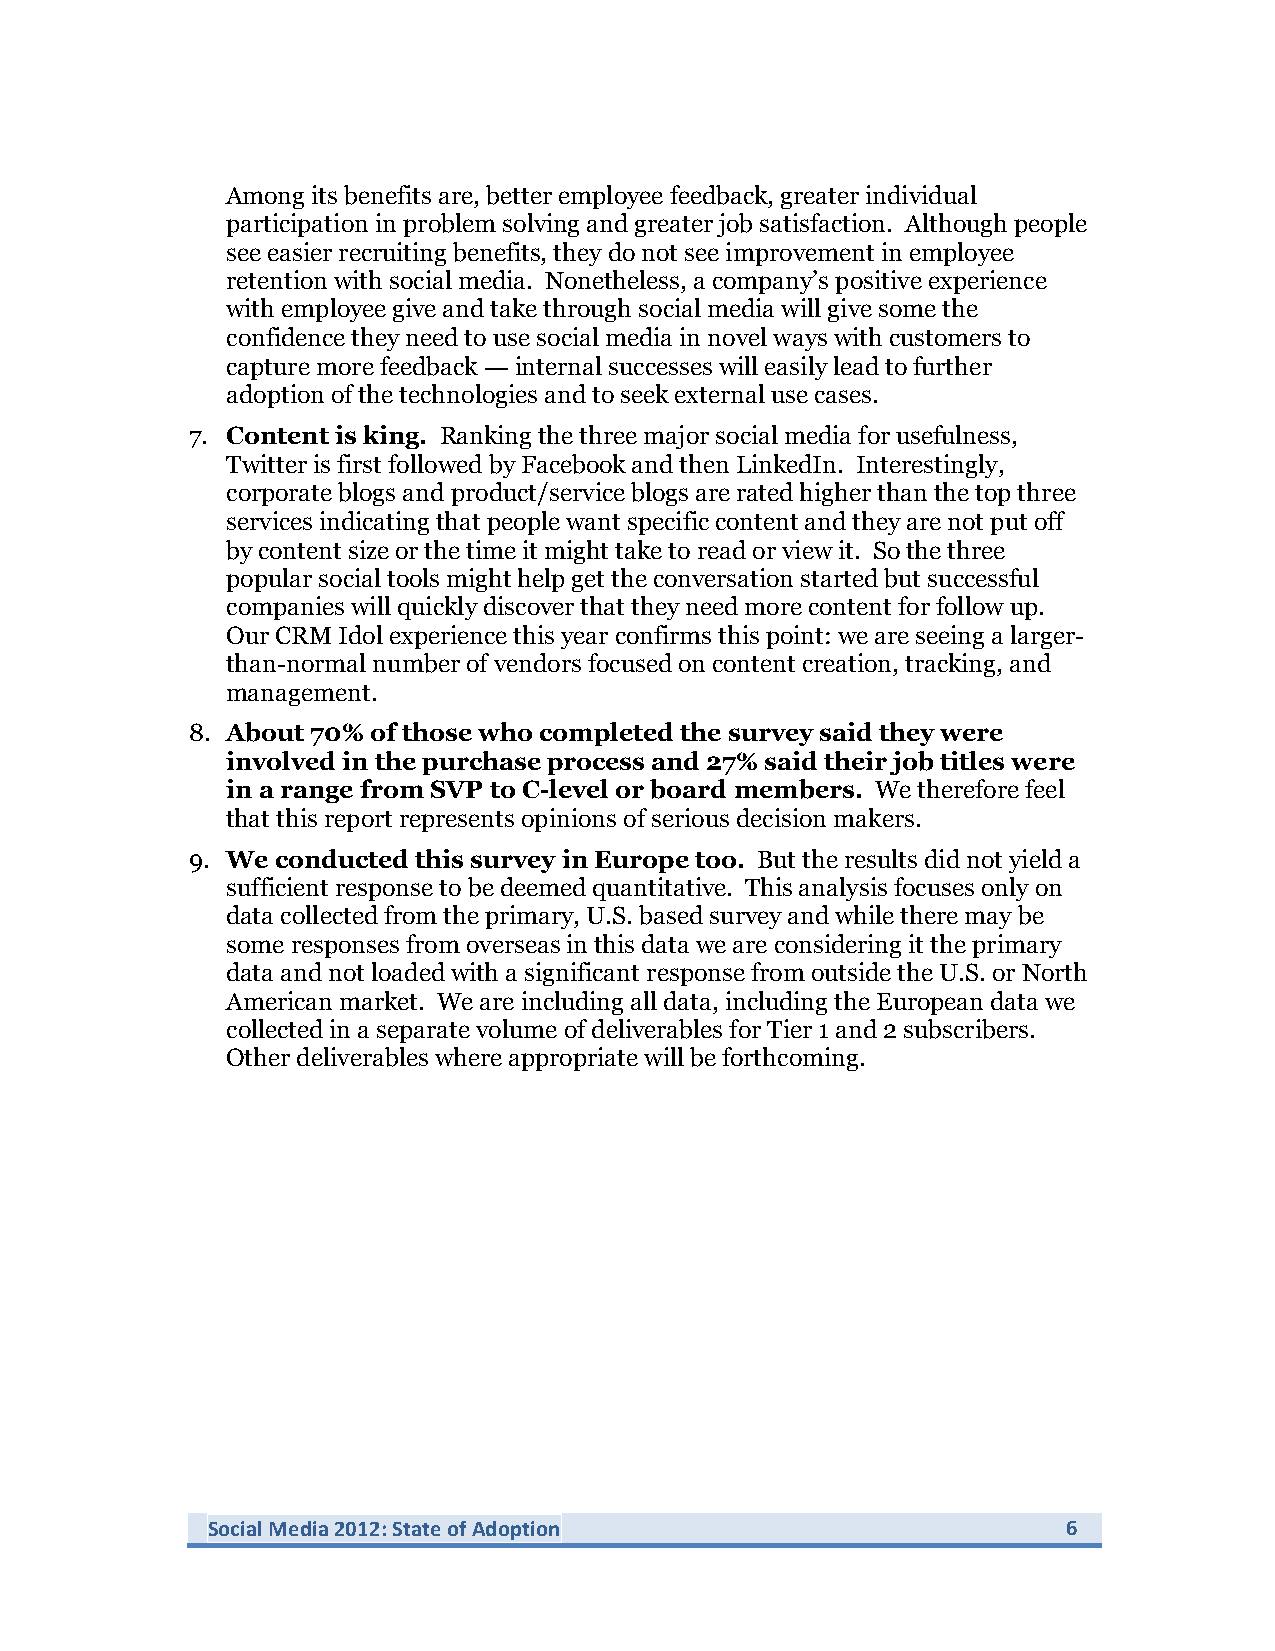
Among its benefits are, better employee feedback, greater individual
 participation in problem solving and greater job satisfaction. Although people
 see easier recruiting benefits, they do not see improvement in employee
 retention with social media. Nonetheless, a company’s positive experience
 with employee give and take through social media will give some the
 confidence they need to use social media in novel ways with customers to
 capture more feedback — internal successes will easily lead to further
 adoption of the technologies and to seek external use cases.
 7. Content is king. Ranking the three major social media for usefulness,
 Twitter is first followed by Facebook and then LinkedIn. Interestingly,
 corporate blogs and product/service blogs are rated higher than the top three
 services indicating that people want specific content and they are not put off
 by content size or the time it might take to read or view it. So the three
 popular social tools might help get the conversation started but successful
 companies will quickly discover that they need more content for follow up.
 Our CRM Idol experience this year confirms this point: we are seeing a larger-
 than-normal number of vendors focused on content creation, tracking, and
 management.
 8. About 70% of those who completed the survey said they were
 involved in the purchase process and 27% said their job titles were
 in a range from SVP to C-level or board members. We therefore feel
 that this report represents opinions of serious decision makers.
 9. We conducted this survey in Europe too. But the results did not yield a
 sufficient response to be deemed quantitative. This analysis focuses only on
 data collected from the primary, U.S. based survey and while there may be
 some responses from overseas in this data we are considering it the primary
 data and not loaded with a significant response from outside the U.S. or North
 American market. We are including all data, including the European data we
 collected in a separate volume of deliverables for Tier 1 and 2 subscribers.
 Other deliverables where appropriate will be forthcoming.
 Social Media 2012: State of Adoption                     6